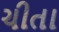
ચીતા